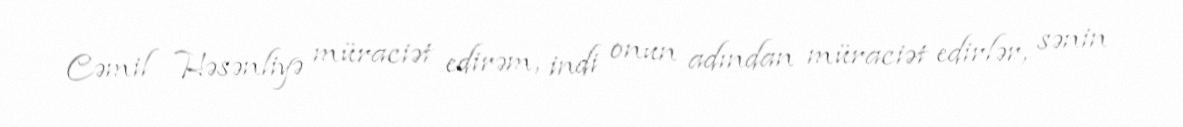
Cəmil Həsənliyə müraciət edirəm, indi onun adından müraciət edirlər, sənin